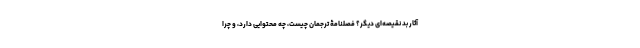
آثار بد نقیصه‌ای دیگر؟ فصلنامۀ ترجمان چیست، چه محتوایی دارد، و چرا